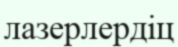
лазерлердіц